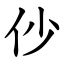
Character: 仯